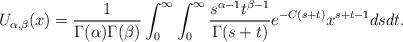
LaTeX: \begin{align*}U_{\alpha,\beta}(x)=\frac{1}{\Gamma(\alpha)\Gamma(\beta)}\int_{0}^{\infty}\int_{0}^{\infty}\frac{s^{\alpha-1}t^{\beta-1}}{\Gamma(s+t)}e^{-C(s+t)}x^{s+t-1}dsdt.\end{align*}